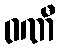
ဝဏီ